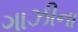
ગાઝીના